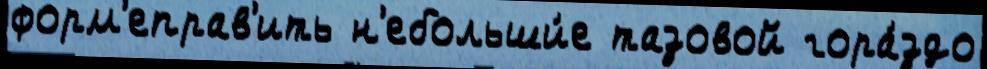
форм'еправ'ить н'ебольши́е тазовой гора́здо